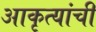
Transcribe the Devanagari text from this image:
आकृत्यांची